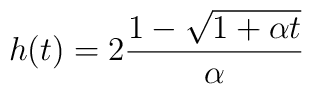
h(t) = 2{1-\sqrt{1+\alpha t}\over \alpha}